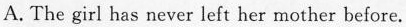
A. The girl has never left her mother before.